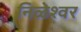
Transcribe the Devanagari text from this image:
निळेश्वर